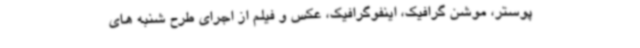
پوستر، موشن گرافیک، اینفوگرافیک، عکس و فیلم از اجرای طرح شنبه های